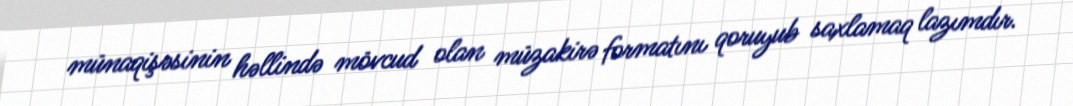
münaqişəsinin həllində mövcud olan müzakirə formatını qoruyub saxlamaq lazımdır.